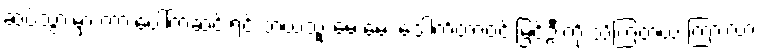
ဆပ်သွားမှာ ကားပေါ်ကဆင်းရင် ဘယ်သူ့ မေးမေး ဒေါက်တာဝင်းမြင့်ဦးကို သိကြတယ် ကြားလား